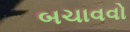
બચાવવો